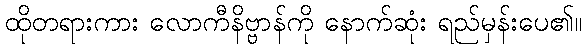
ထိုတရားကား လောကီနိဗ္ဗာန်ကို နောက်ဆုံး ရည်မှန်းပေ၏။